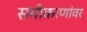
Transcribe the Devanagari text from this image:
समीकरणांवर